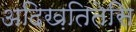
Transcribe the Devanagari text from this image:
अदिख़तितेसि